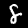
Digit: 8